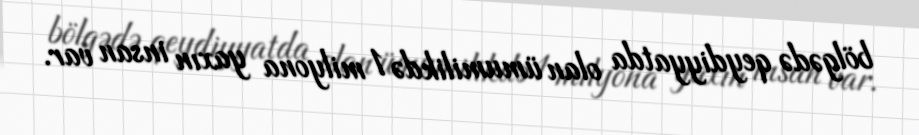
bölgədə qeydiyyatda olan ümumilikdə 1 milyona yaxın insan var.